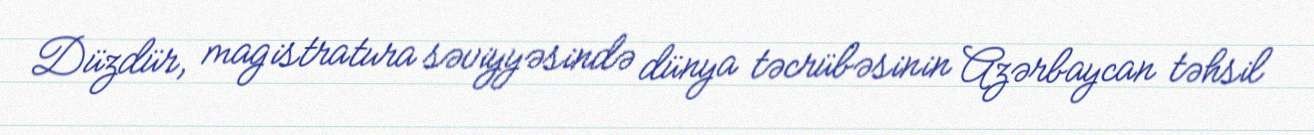
Düzdür, magistratura səviyyəsində dünya təcrübəsinin Azərbaycan təhsil